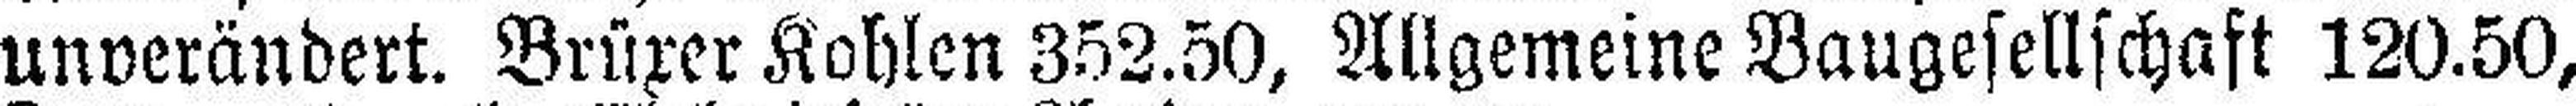
unverändert. Brüxer Kohlen 352.50, Allgemeine Baugesellschaft 120.50,